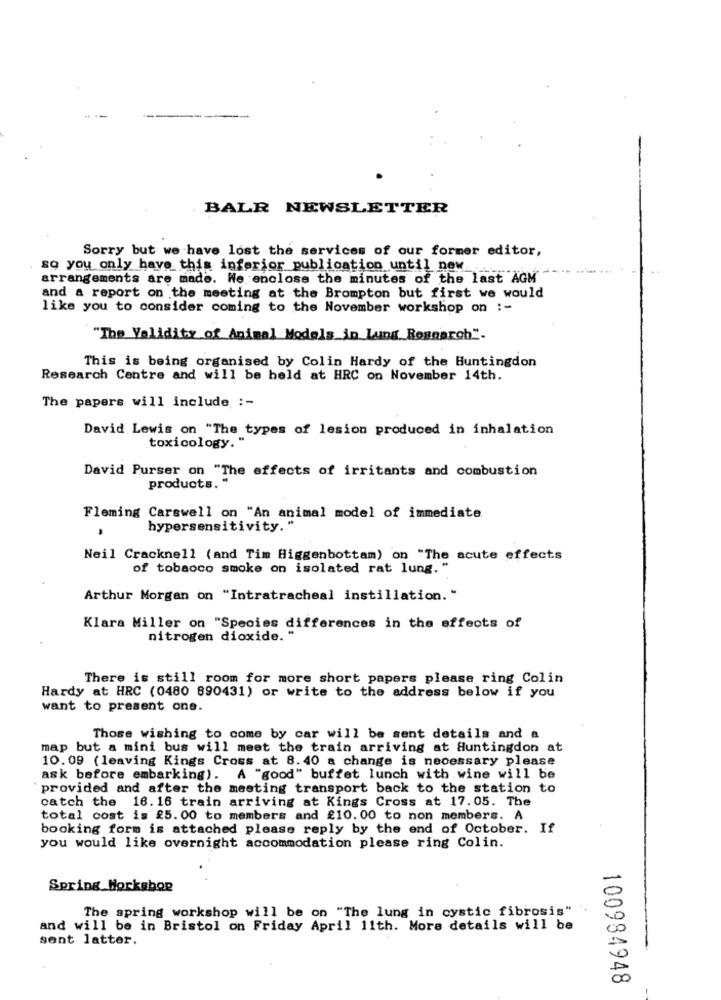
BALR NEWSLETTER
Sorry but we have lost the services of our former editor,
so you only have this inferior publication until new
arrangements are made. We enclose the minutes of the last AGM
and a report on the meeting at the Brompton but first we would
like you to consider coming to the November workshop on :-
"The Validity of Animal Models in Lung Research".
This is being organised by Colin Hardy of the Huntingdon
Research Centre and will be held at HRC on November 14th.
The papers will include :-
David Lewis on "The types of lesion produced in inhalation
toxicology. "
David Purser on "The effects of irritants and combustion
products."
Fleming Carswell on "An animal model of immediate
hypersensitivity."
Neil Cracknell (and Tim Higgenbottam) on "The acute effects
of tobacco smoke on isolated rat lung. "
Arthur Morgan on "Intratracheal instillation."
Klara Miller on "Species differences in the effects of
nitrogen dioxide.'
There is still room for more short papers please ring Colin
Hardy at HRC (0480 890431) or write to the address below if you
want to present one.
Those wishing to come by car will be sent details and a
map but a mini bus will meet the train arriving at Huntingdon at
10.09 (leaving Kings Cross at 8.40 a change is necessary please
ask before embarking). A "good" buffet lunch with wine will be
provided and after the meeting transport back to the station to
catch the 16. 16 train arriving at Kings Cross at 17.05. The
total cost is 25.00 to members and £10.00 to non members. A
booking form is attached please reply by the end of October. If
you would like overnight accommodation please ring Colin.
Spring Workshop
The spring workshop will be on "The lung in cystic fibrosis"
and will be in Bristol on Friday April 11th. More details will be
sent latter.
100984948